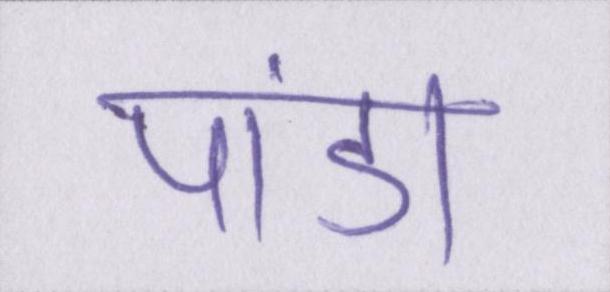
पांडा